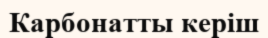
Карбонатты керіш